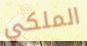
الملكي